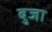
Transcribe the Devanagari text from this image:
बुजा